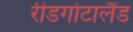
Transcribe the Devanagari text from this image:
रीडगोटालैंड